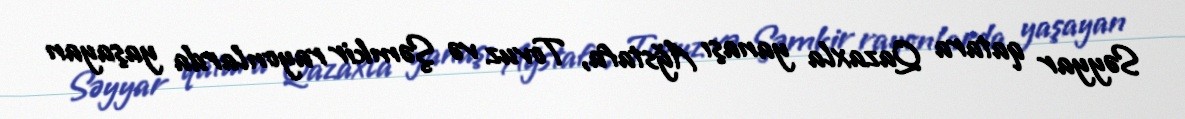
Səyyar qatara Qazaxla yanaşı Ağstafa, Tovuz və Şəmkir rayonlarda yaşayan